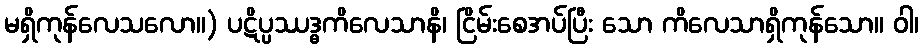
မရှိကုန်လေသလော။) ပဋိပ္ပဿဒ္ဓကိလေသာနိ၊ ငြိမ်းစေအပ်ပြီး သော ကိလေသာရှိကုန်သော။ ဝါ၊